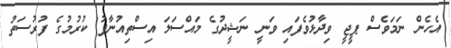
އެހެން ނަމަވެސް ޕީޖީ ވިދާޅުވެފައި ވަނީ ނަޝީދުގެ މައްސަލަ އިސްތިއުނާފު ކުރުމުގެ ފުރުސަތު